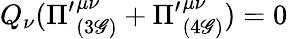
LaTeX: Q_{\nu}({\Pi^{\prime}}_{(3\mathscr{G})}^{\mu\nu}+{\Pi^{\prime}}_{(4\mathscr{G})}^{\mu\nu})=0